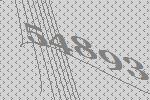
54893